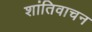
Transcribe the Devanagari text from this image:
शांतिवाचन